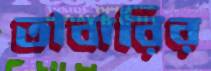
তাবারির